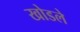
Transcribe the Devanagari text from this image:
खोडले